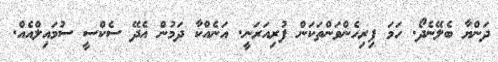
ދަންޔާ ބެލޭނެދޯ. ހަމަ ފިރިހެންވަންތަކަން ފުރިއަރަނީ. އަނެއްކާ ދަމުން އެދޭ ސެކްސީ ސުމައިލްއެއް.